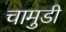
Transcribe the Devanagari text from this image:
चामुडी